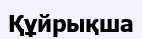
Құйрықша